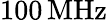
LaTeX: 100\, \mathrm{MHz}